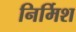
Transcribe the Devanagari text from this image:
निर्मिश